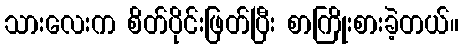
သားလေးက စိတ်ပိုင်းဖြတ်ပြီး စာကြိုးစားခဲ့တယ်။